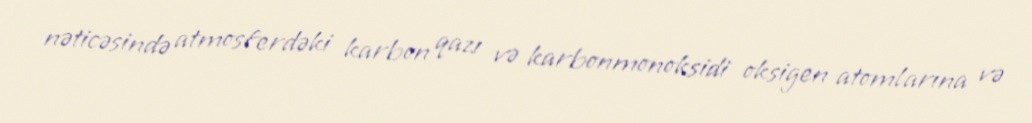
nəticəsində atmosferdəki karbon qazı və karbonmonoksidi oksigen atomlarına və